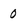
Character: 0